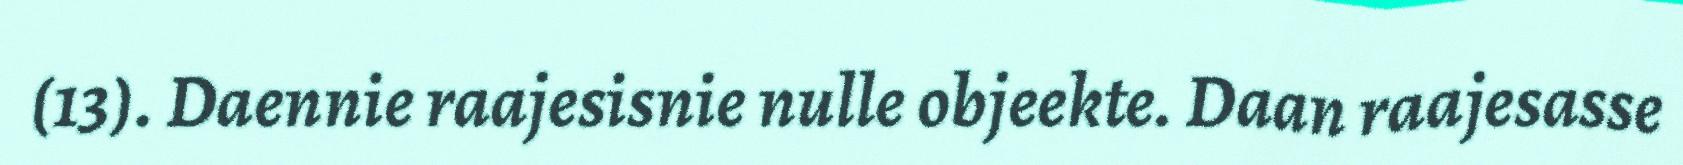
(13). Daennie raajesisnie nulle objeekte. Daan raajesasse